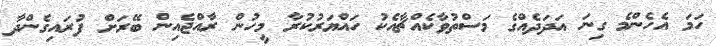
ހަމަ އެހެންމެ ގިނަ އަދަދެއްގެ މަސްތުވާކެއްޗާއެކު ހައްޔަރުކުރާ މީހުން ރާއްޖެއިން ބޭރަށް ފުރައިގެންދާ